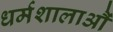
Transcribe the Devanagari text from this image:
धर्मशालाऔं